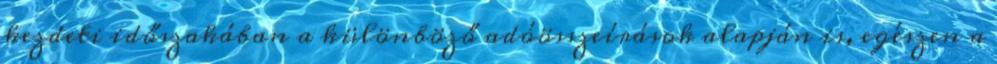
kezdeti időszakában a különböző adóösszeírások alapján is, egészen a